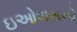
ઇઓલસનો